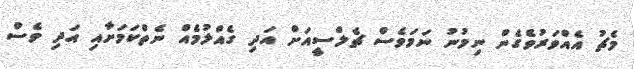
މެޗު އެއްވަރުވެގެން ނިމުނު ނަމަވެސް ޗެލްސީއަށް އަދި ގެއްލުމެއް ނެތްކަމަށާއި އަދި ވެސް